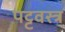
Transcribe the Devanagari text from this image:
पट्ट्वस्त्र